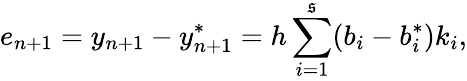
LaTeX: e_{n+1}=y_{n+1}-y_{n+1}^{*}=h\sum_{i=1}^{\mathfrak{s}}(b_{i}-b_{i}^{*})k_{i},